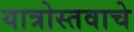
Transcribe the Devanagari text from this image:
यात्रोस्तवाचे